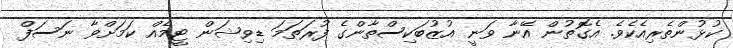
ކުޅުންތެރިއެކެވެ. އެގޮތުން އޭނާ ވަނީ އުޒުބަކިސްތާންގެ ފުރަތަމަ ޑިވިޝަން ޓީމެއް ކަމަށްވާ ނަސަފް